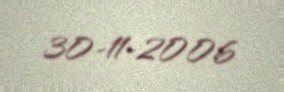
30-11-2006